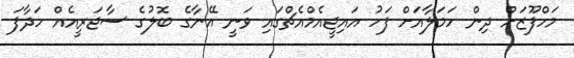
މަހްފޫޒަށް ދިން ހަމަލާއަށް ފަހު އައިޖީއެމްއެޗްގައި ވަނީ އޭނާގެ ބޮލުގެ ސާޖަރީއެއް ހަދާފަ